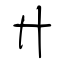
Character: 廾